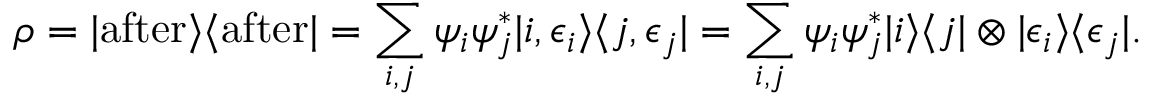
\rho = | { \mathrm { a f t e r } } \rangle \langle { \mathrm { a f t e r } } | = \sum _ { i , j } \psi _ { i } \psi _ { j } ^ { * } | i , \epsilon _ { i } \rangle \langle j , \epsilon _ { j } | = \sum _ { i , j } \psi _ { i } \psi _ { j } ^ { * } | i \rangle \langle j | \otimes | \epsilon _ { i } \rangle \langle \epsilon _ { j } | .